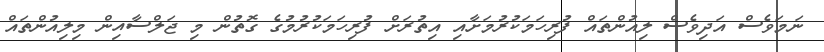
ނަމަވެސް އަދިވެސް ލިއުންތައް ފުރިހަމަކުރުމަށާއި އިތުރަށް ފުރިހަމަކުރުމުގެ ގޮތުން މި ޖަލްސާއިން މިލިއުންތައް